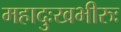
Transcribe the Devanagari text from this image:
महादुःखभीरुः